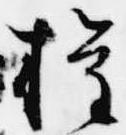
権